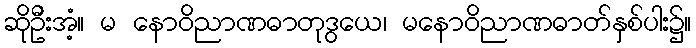
ဆိုဦးအံ့။ မ နောဝိညာဏဓာတုဒွယေ၊ မနောဝိညာဏဓာတ်နှစ်ပါး၌။